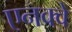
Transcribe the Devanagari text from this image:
एनक्वे